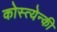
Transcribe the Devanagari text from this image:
कोस्त्येन्की